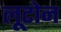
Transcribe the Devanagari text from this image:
लूटोन